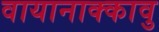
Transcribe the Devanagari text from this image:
वायानाक्कावु